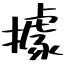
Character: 據